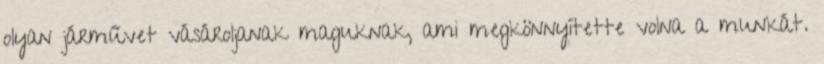
olyan járművet vásároljanak maguknak, ami megkönnyítette volna a munkát.